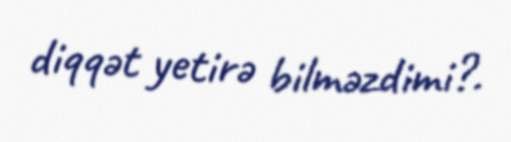
diqqət yetirə bilməzdimi?.